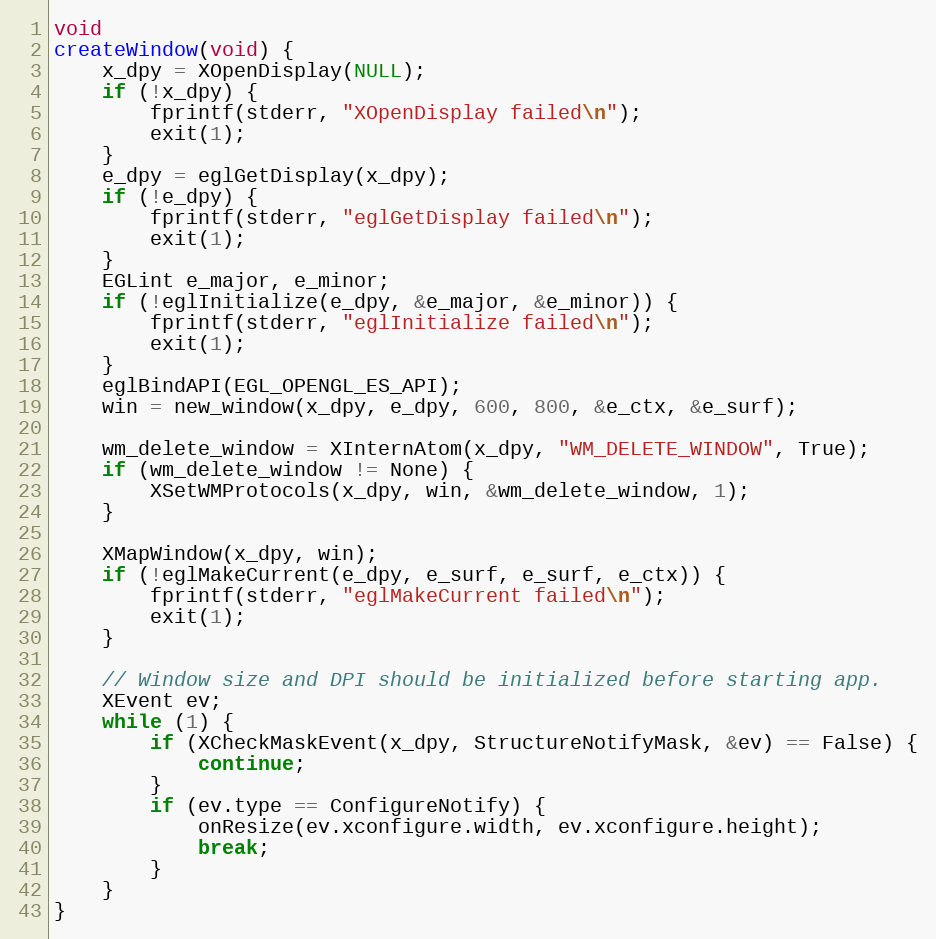
Language: C
void
createWindow(void) {
	x_dpy = XOpenDisplay(NULL);
	if (!x_dpy) {
		fprintf(stderr, "XOpenDisplay failed\n");
		exit(1);
	}
	e_dpy = eglGetDisplay(x_dpy);
	if (!e_dpy) {
		fprintf(stderr, "eglGetDisplay failed\n");
		exit(1);
	}
	EGLint e_major, e_minor;
	if (!eglInitialize(e_dpy, &e_major, &e_minor)) {
		fprintf(stderr, "eglInitialize failed\n");
		exit(1);
	}
	eglBindAPI(EGL_OPENGL_ES_API);
	win = new_window(x_dpy, e_dpy, 600, 800, &e_ctx, &e_surf);

	wm_delete_window = XInternAtom(x_dpy, "WM_DELETE_WINDOW", True);
	if (wm_delete_window != None) {
		XSetWMProtocols(x_dpy, win, &wm_delete_window, 1);
	}

	XMapWindow(x_dpy, win);
	if (!eglMakeCurrent(e_dpy, e_surf, e_surf, e_ctx)) {
		fprintf(stderr, "eglMakeCurrent failed\n");
		exit(1);
	}

	// Window size and DPI should be initialized before starting app.
	XEvent ev;
	while (1) {
		if (XCheckMaskEvent(x_dpy, StructureNotifyMask, &ev) == False) {
			continue;
		}
		if (ev.type == ConfigureNotify) {
			onResize(ev.xconfigure.width, ev.xconfigure.height);
			break;
		}
	}
}